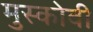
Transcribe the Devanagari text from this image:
मुस्कोवी